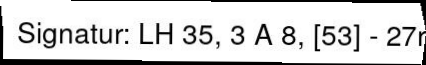
Signatur: LH 35, 3 A 8, [53] - 27r